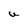
Character: U